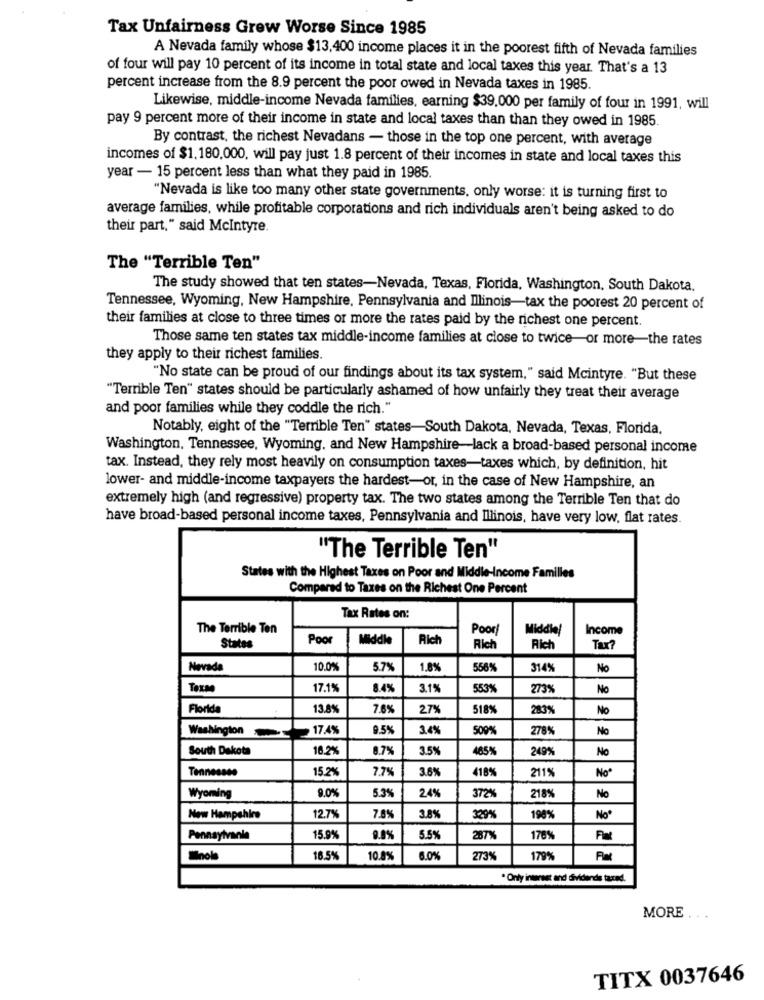
Tax Unfairness Grew Worse Since 1985
A Nevada family whose $13,400 income places it in the poorest fifth of Nevada families
of four will pay 10 percent of its income in total state and local taxes this year. That's a 13
percent increase from the 8.9 percent the poor owed in Nevada taxes in 1985.
Likewise, middle-income Nevada families, earning $39,000 per family of four in 1991, will
pay 9 percent more of their income in state and local taxes than than they owed in 1985.
By contrast, the richest Nevadans - those in the top one percent, with average
incomes of $1.180,000, will pay just 1.8 percent of their incomes in state and local taxes this
year - 15 percent less than what they paid in 1985.
"Nevada is like too many other state governments, only worse: it is turning first to
average families, while profitable corporations and rich individuals aren't being asked to do
their part," said Mcintyre
The "Terrible Ten"
The study showed that ten states-Nevada, Texas, Florida, Washington, South Dakota.
Tennessee, Wyoming, New Hampshire, Pennsylvania and Illinois-tax the poorest 20 percent of
their families at close to three times or more the rates paid by the richest one percent.
Those same ten states tax middle-income families at close to twice-or more-the rates
they apply to their richest families.
"No state can be proud of our findings about its tax system," said Mcintyre. "But these
"Terrible Ten" states should be particularly ashamed of how unfairly they treat their average
and poor families while they coddle the rich."
Notably, eight of the "Terrible Ten" states-South Dakota, Nevada, Texas, Florida.
Washington, Tennessee, Wyoming, and New Hampshire-lack a broad-based personal income
tax. Instead, they rely most heavily on consumption taxes-taxes which, by definition, hit
lower- and middle-income taxpayers the hardest-or, in the case of New Hampshire, an
extremely high (and regressive) property tax. The two states among the Terrible Ten that do
have broad-based personal income taxes, Pennsylvania and Illinois, have very low, flat rates.
"The Terrible Ten"
States with the Highest Taxes on Poor and Middle-Income Familles
Compared to Taxes on the Richest One Percent
Tax Rates on:
The Terrible Ten
Poor!
Middle
Income
Poor
Middle
Rich
States
Rich
Rich
Tax?
Nevada
10.0%
5.7%
1.8%
5569
314%
No
Texme
17.1%
8.4%
3.12
553%
273%
No
Florida
13.8%
7.6%
27%
5189
283%
No
17.4%
9.5%
3.4%
509%
278%
No
Washington
South Dakota
18.2%
8.7%
3.5%
165%
249%
No
Tennessee
15.2%
7.79
3.6%
418%
211%
Noº
9.0%
5.3%
24%
372%
218%
Wyoming
No
New Hampshire
12.7%
7.8%
3.8%
329%
198%
Noº
Pennsylvania
15.9%
9.89
5.5%
287X
176%
16.5%
10.8%
6.0%
273%
179%
· Only internet and dividends tared.
MORE
TITX 0037646